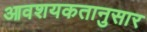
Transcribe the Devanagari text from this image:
आवशयकतानुसार